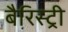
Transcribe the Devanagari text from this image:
बैरिस्ट्री